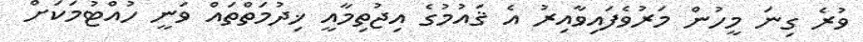
ވުރެ ގިނަ މީހުން މަރުވެފައިވާއިރު އެ ޤައުމުގެ އިޖުތިމާއީ ޚިދުމަތްތައް ވަނީ ހުއްޓުމަކަށް